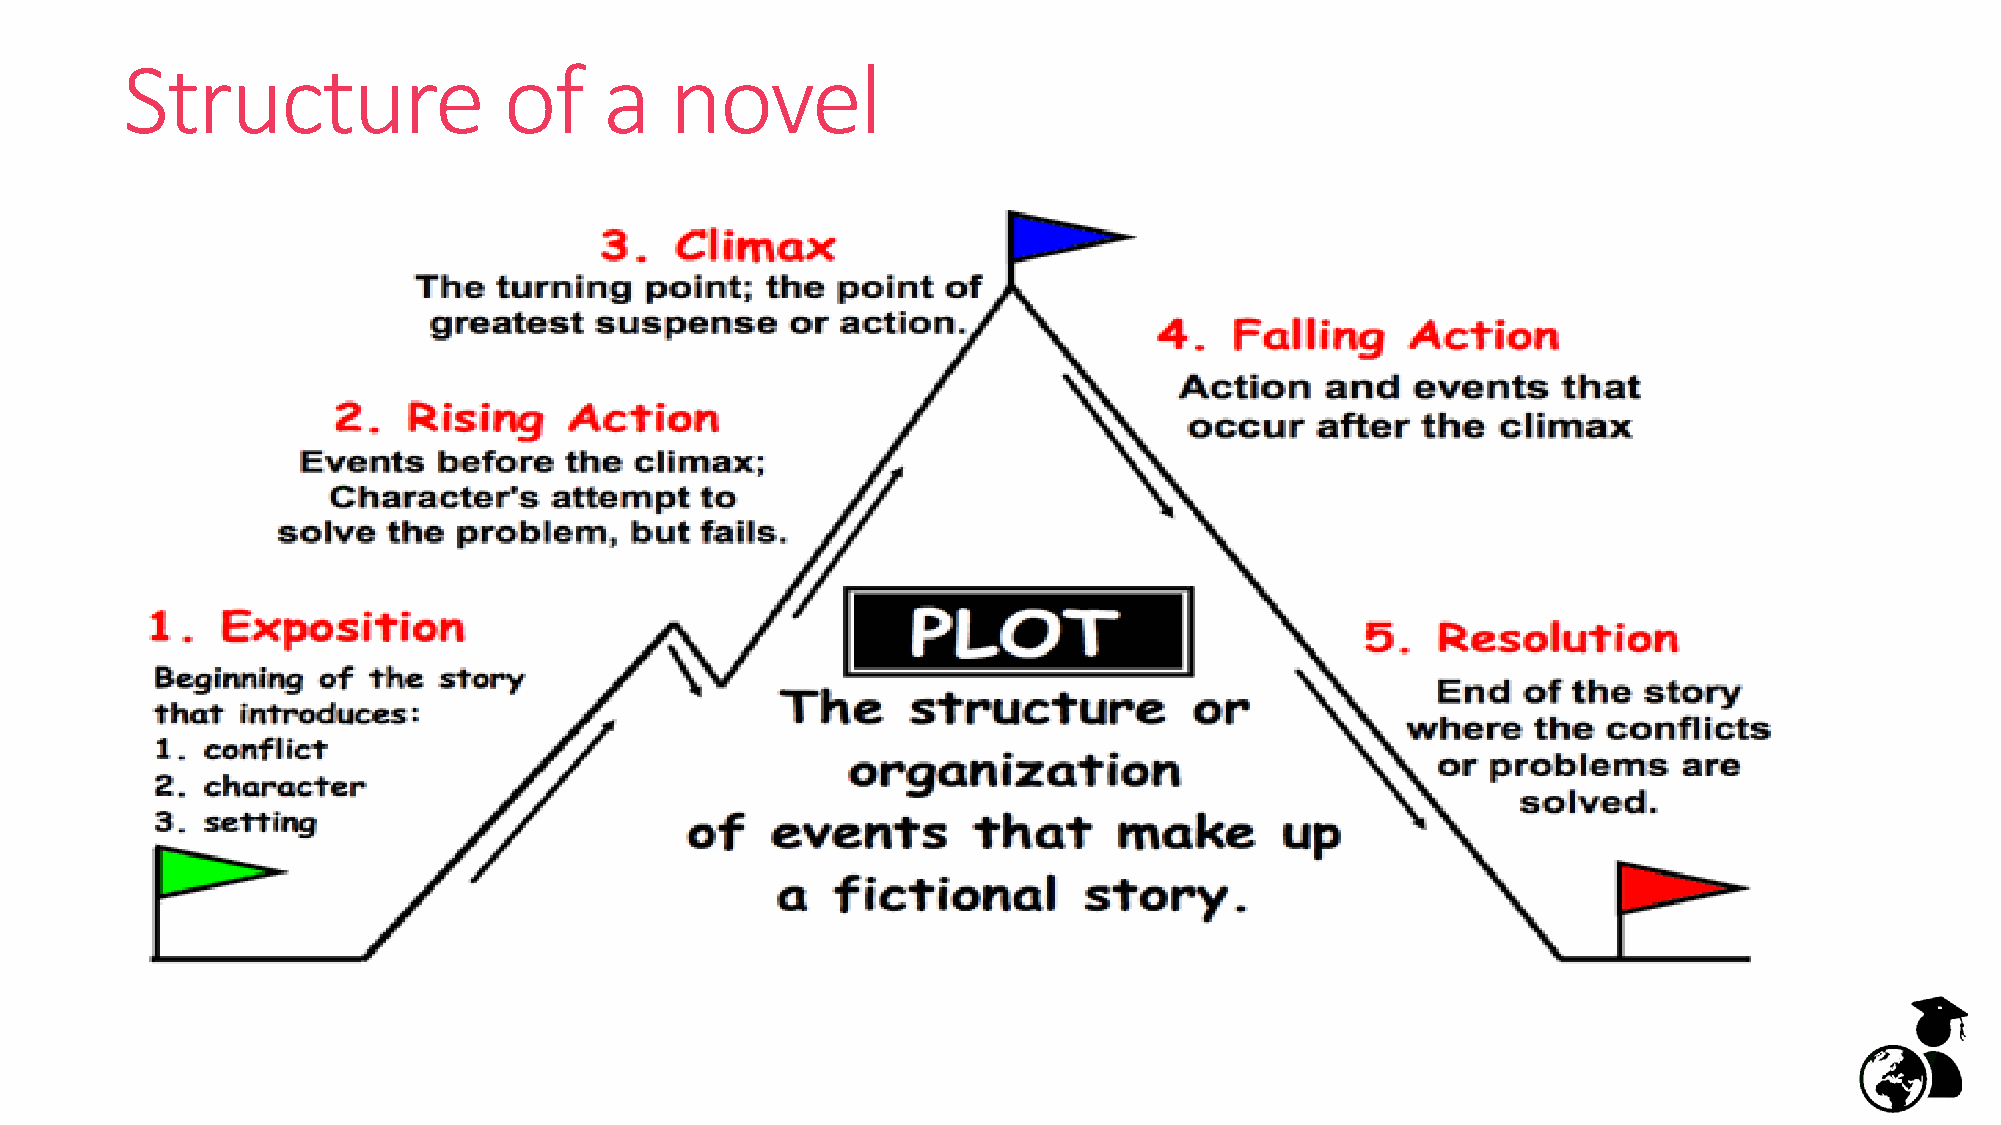
Structure                of     a   novel